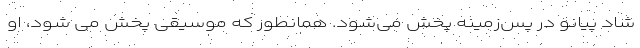
شاد پیانو در پس‌زمینه پخش می‌شود. همانطور که موسیقی پخش می شود، او